Bréfritari: Sigríður Pálsdóttir
Viðtakandi: Páll Pálsson
Dagsetning: A-1862-06-06
Skrifað á: Breiðabólsstað  Rang.
Páll var bróðir Sigríðar

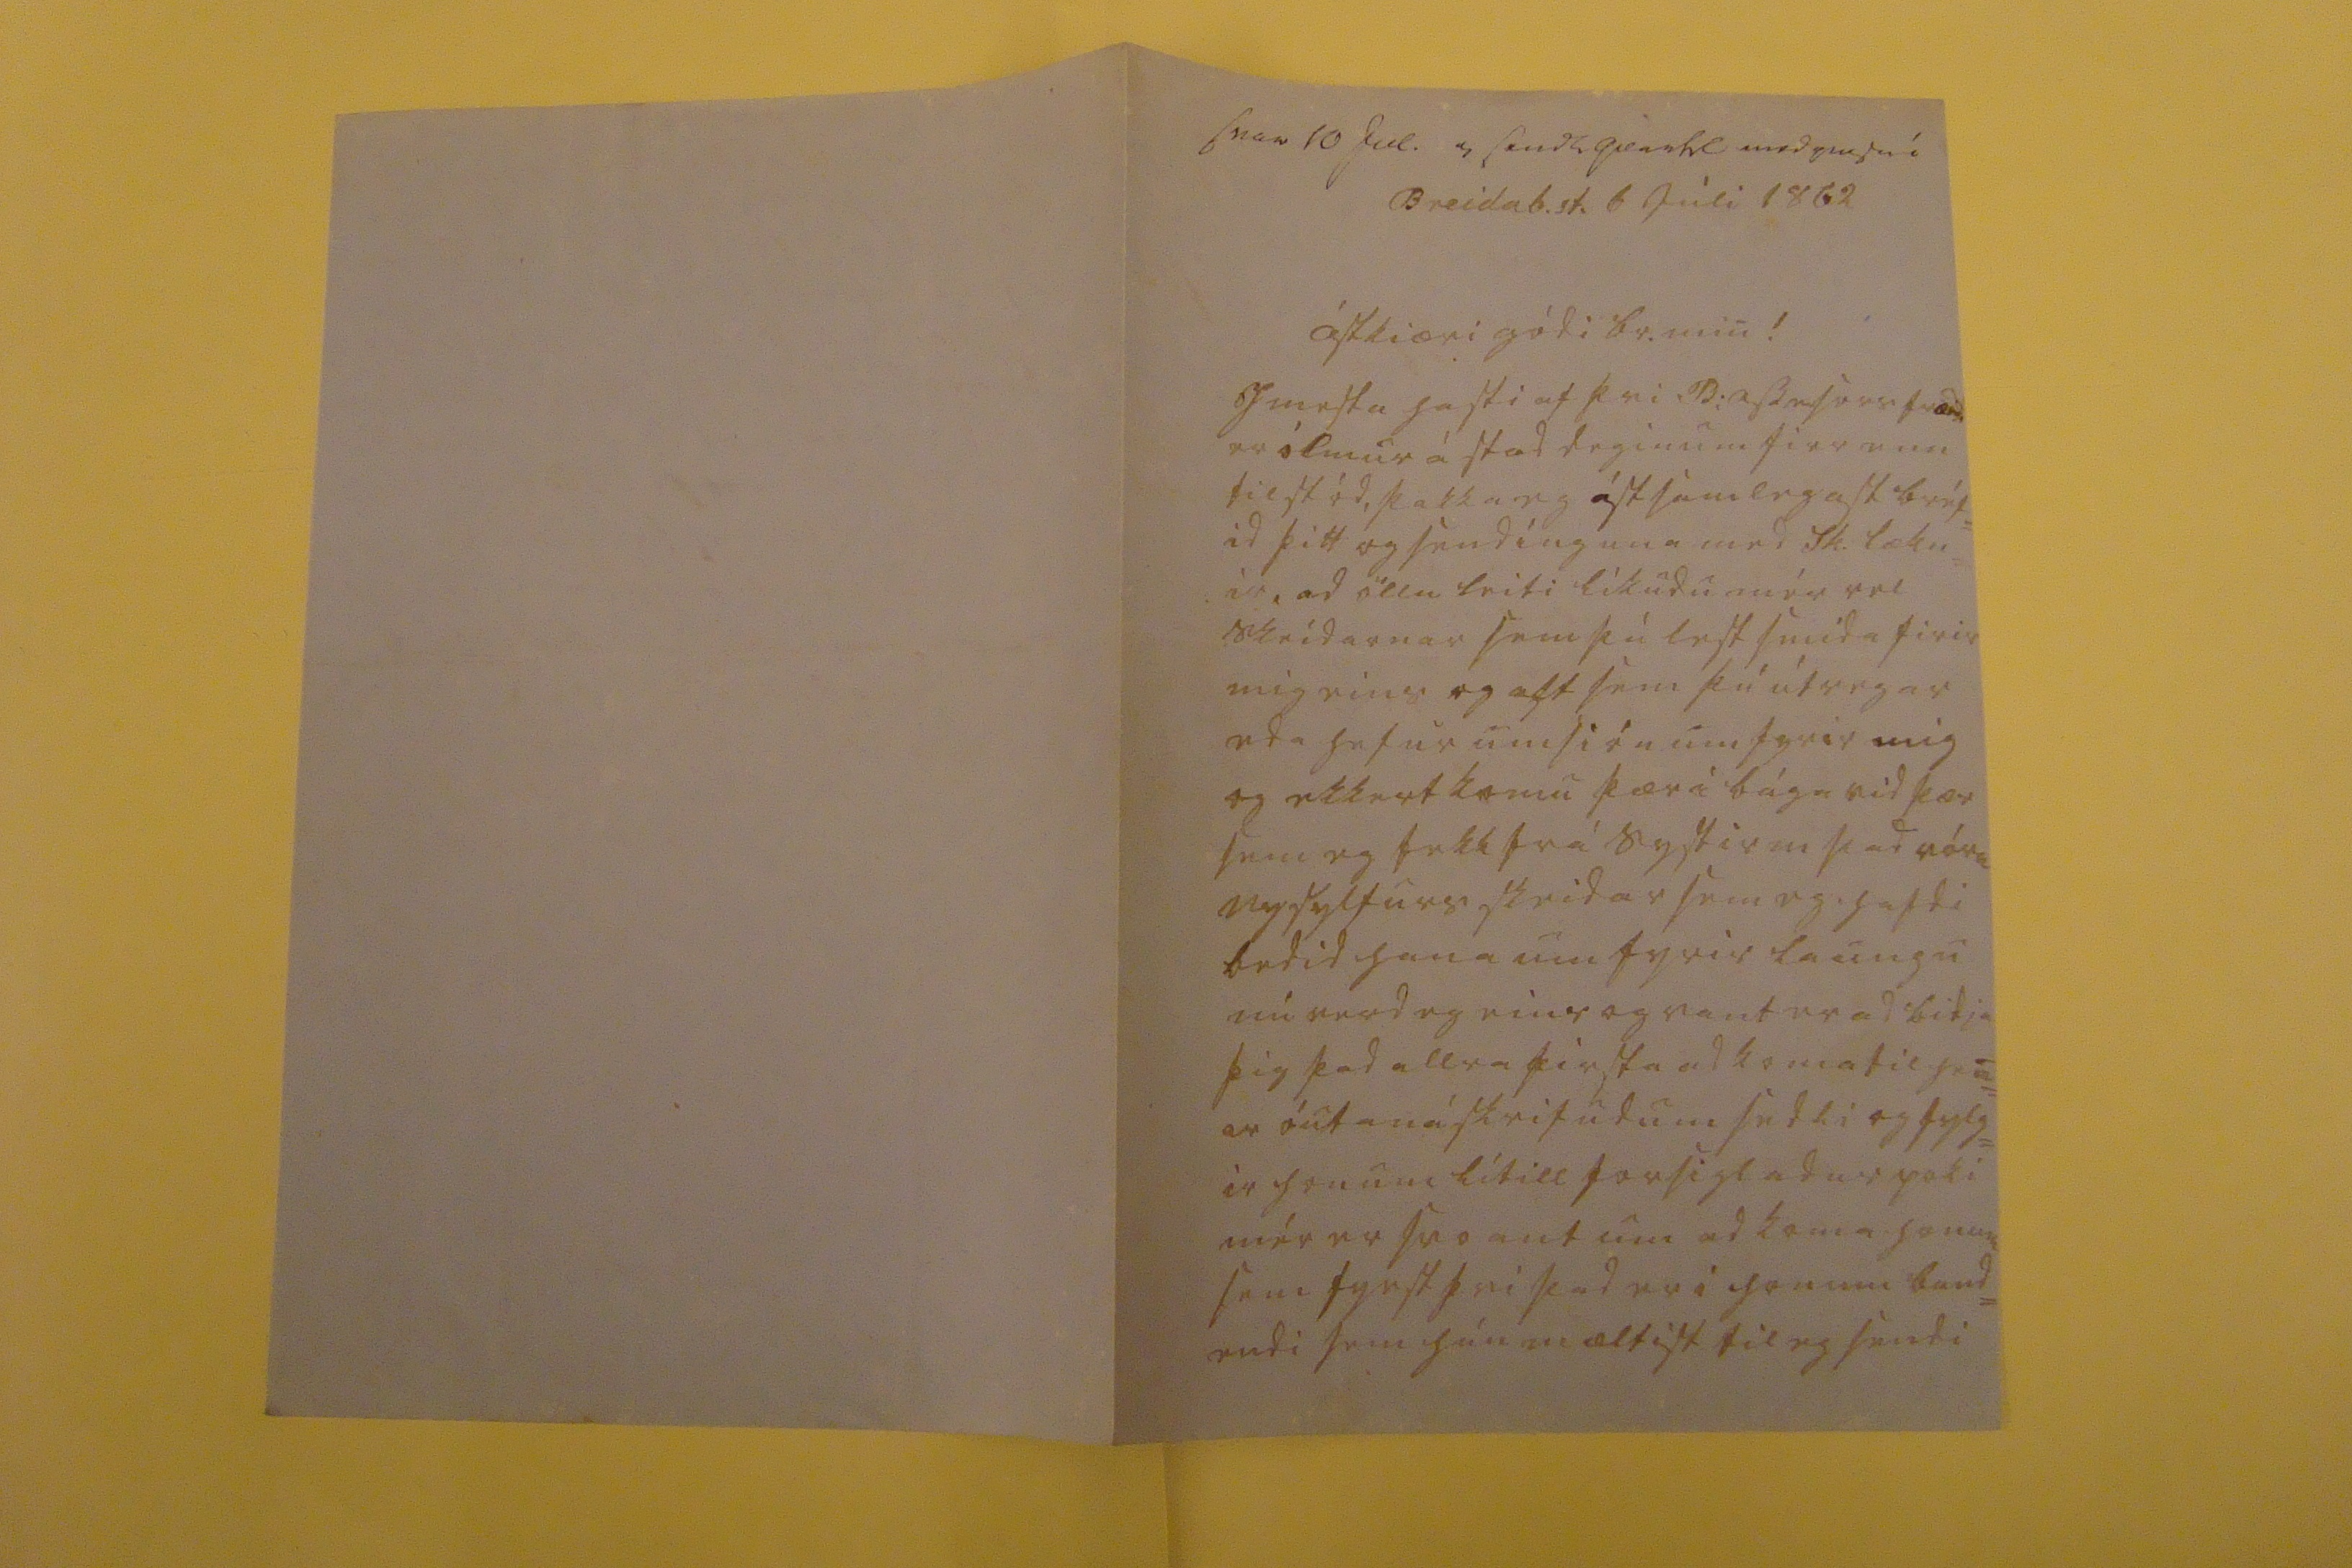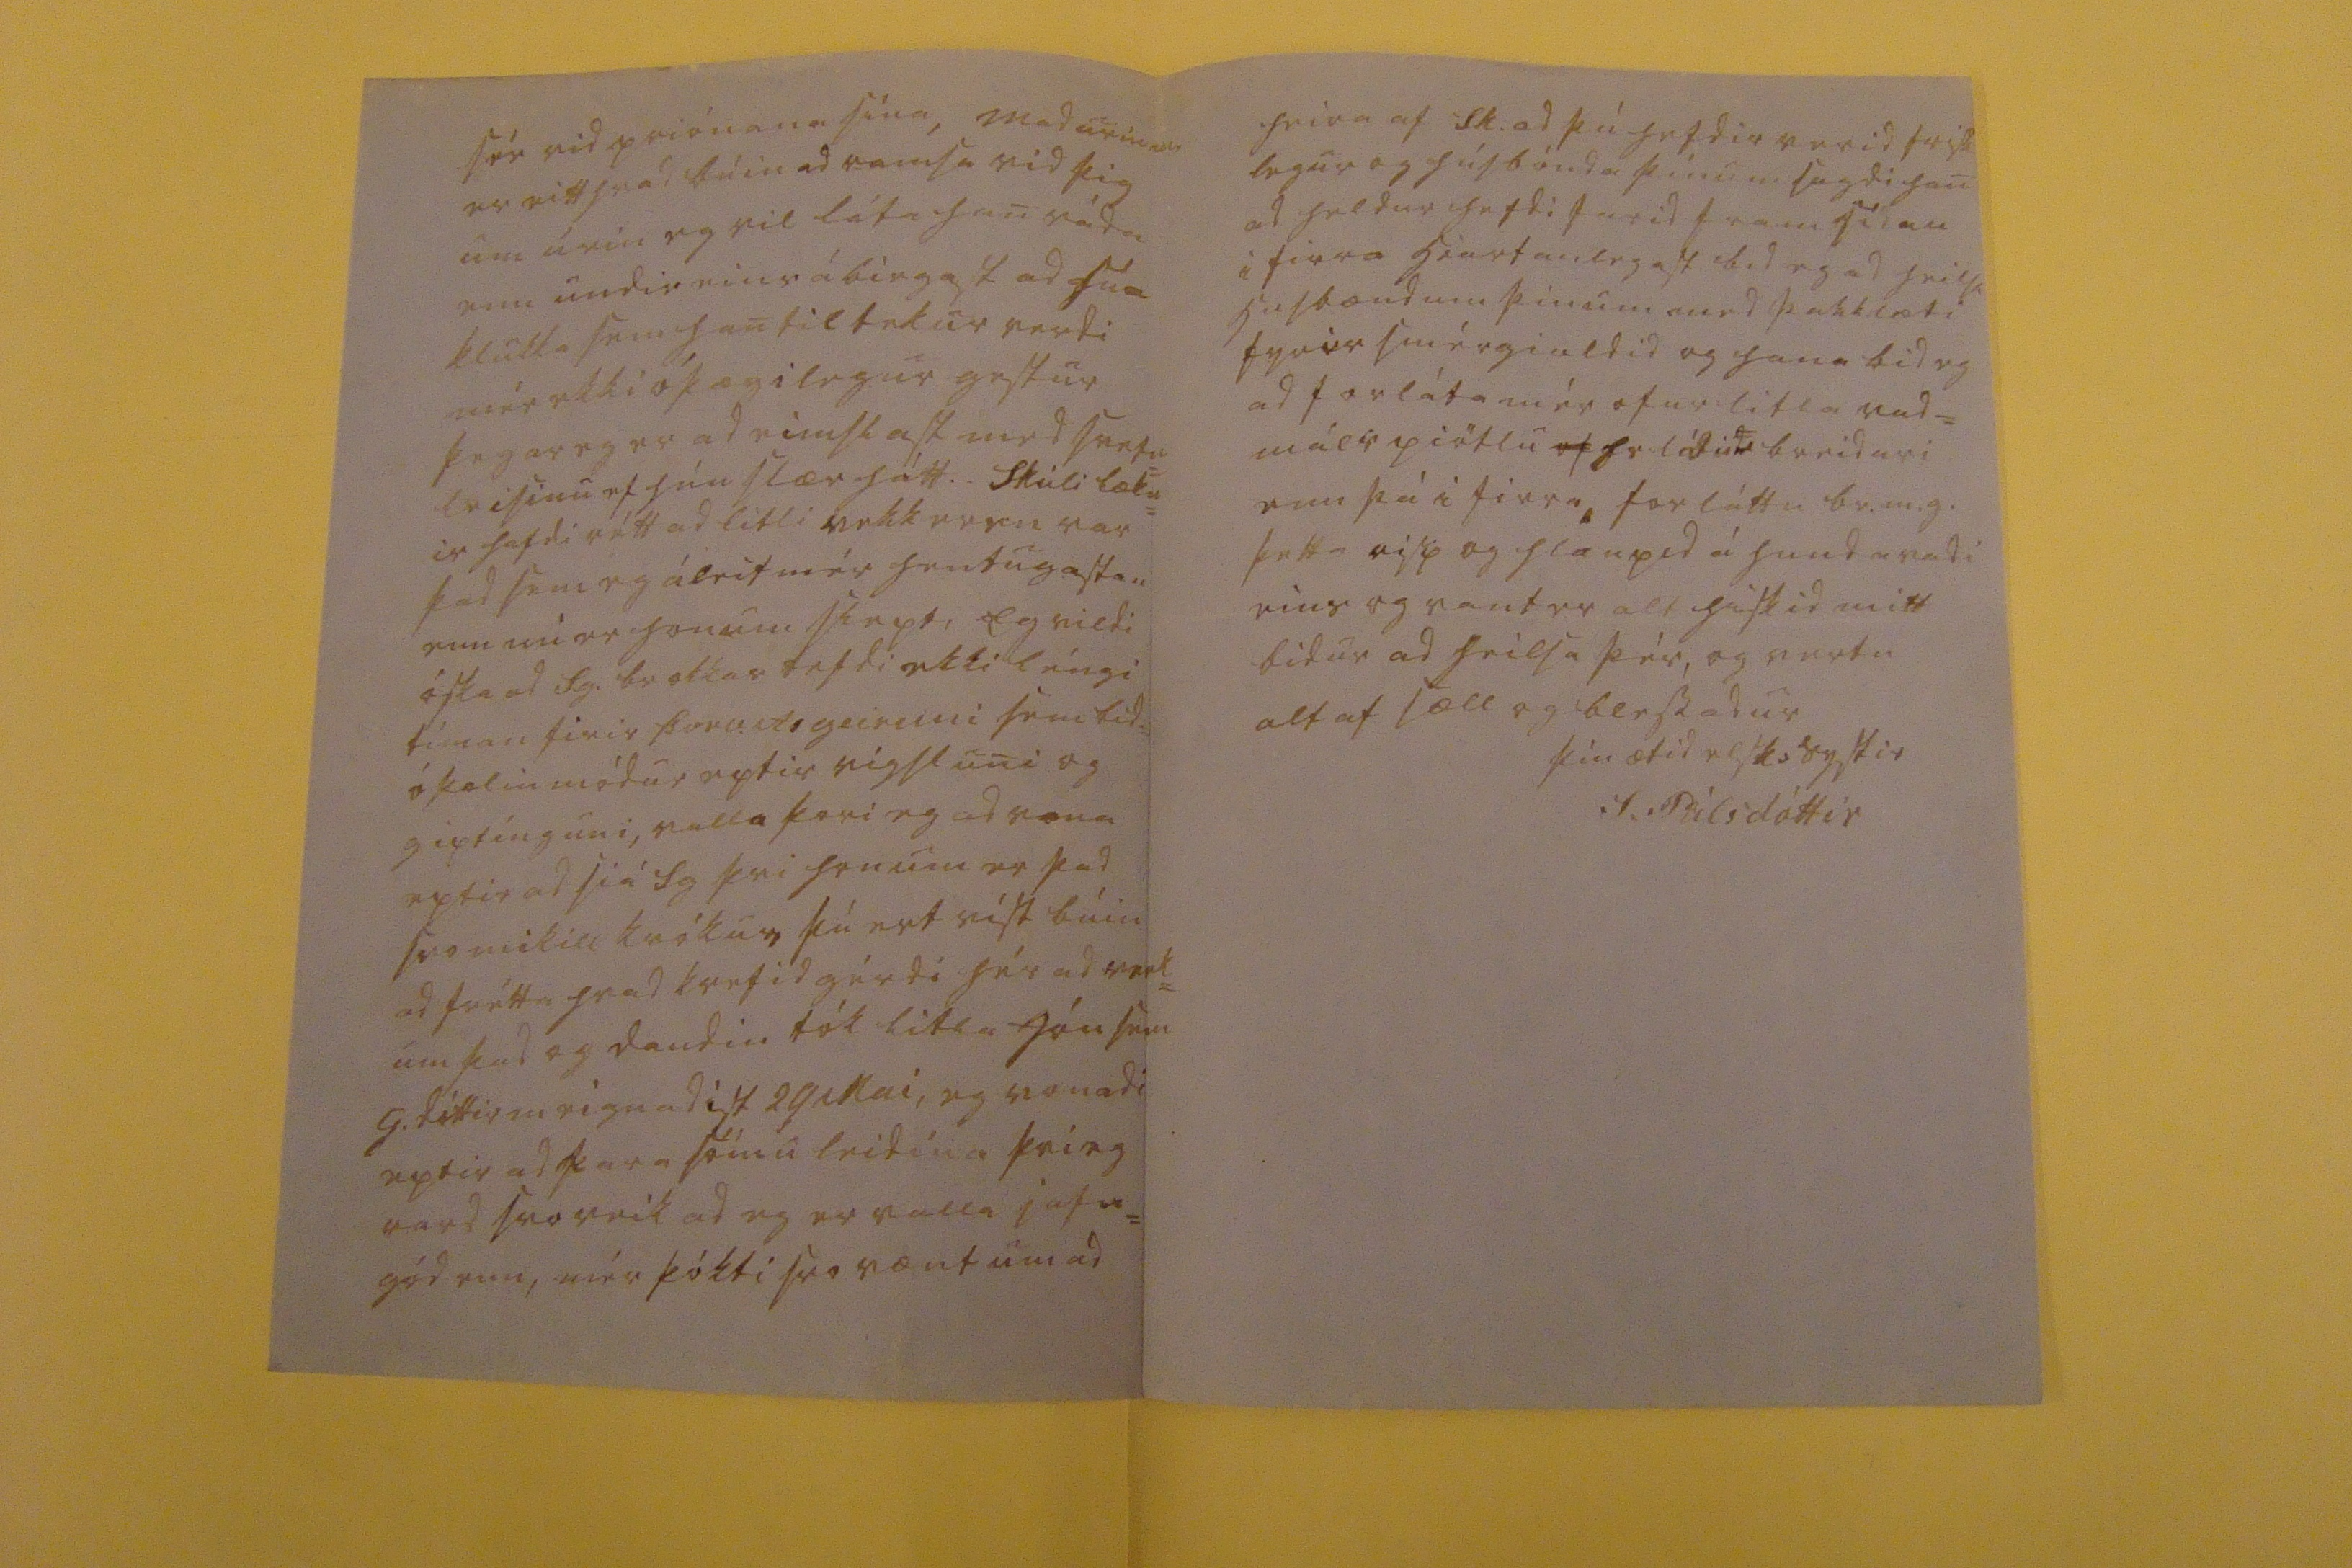

s0a0 10 Jul. 0 send0 qvartil med 0000 í
Breidab.st. 6 Júli 1862
Ástkiæri gódi br. min!
I mesta hasti af þvi B:
ass0000er frændi
er ólmur á stad deginum firr enn til stód, þakka eg ástsamlegast bréf= id þitt og sendinguna med Sk. lækn= ir, ad öllu leiti líkudu mér vel skeidarnar sem þú lest smída firir mig eins og alt sem þú útvegar eda hefur umsión um fyrir mig og ekkert komu þær i bága vid þær sem eg fekk frá systir m þad vóru nysylfursskeidar sem eg hafdi bedid hana um fyrir laungu nú verd eg eins og vant er ad bidja þig þad allra firsta ad koma til hen= ar óutanáskrifudum sedli og fylg= ir honum lítill forsigladur poki mér er svo ant um ad koma honum sem fyrst þvi þad er í honum band= endi sem hún mæltist til og sendi
sér vid priónana sína, Madurin m. er eitthvad búin ad ramsa vid þig um úrin eg vil láta han ráda enn undir eins ábirgast ad
0ú0
klukka sem han tiltekur verdi mér ekki óþægilegur gestur þegar eg er ad eimslast med svefn= leisinu ef hún slær hátt. Skúli lækn= ir hafdi rétt ad litli
vekkur0n
var þad sem eg áleit mér hentugastan enn nú er honum slept, Eg vildi óska ad S.g. br okkar hefdi ekki léngi tíman firir
Þorv. A0geiruni
sem bid óþolinmódur eptir vígsluni og giptinguni, valla þori eg ad vona eptir ad siá Sg þvi honum er þad svo mikill krókur, þú ert víst búin ad frétta hvad kertid gérdi hér ad verk= um þad og daudin tók litla Jón sem G. dóttir m eignadist 29 Mai, eg vonadi eptir ad fara sömu leidina þvi eg vard svo veik ad eg er valla jafn= gód enn, mér þókti svo vænt um ad
heira af sk: ad þú hefdir verid frisk legur og húsbónda þínum sagdi han ad heldur hefdi farid fram sídan i firra hiartanlegast bid eg ad heilsa husbændum þínum med þakklæti fyrir smérgialdid og hana bid eg ad forláta mér ofurlitla vad= málspiötlu
of
0elá00
breidari enn þá i firra, forláttu br.m.g. þetta risp og hlaupid á hundavadi eins og vant er alt hiskid mitt bidur ad heilsa þér, og vertu altaf sæll og blessadur
þín ætid elsk: systir
S. Pálsdóttir